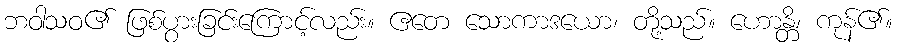
ဘဝါသဝ၏ ဖြစ်ပွားခြင်းကြောင့်လည်း။ ဧတေ သောကာဒယော၊ တို့သည်။ ဟောန္တိ၊ ကုန်၏။